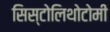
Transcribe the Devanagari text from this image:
सिस्टोलिथोटोमी